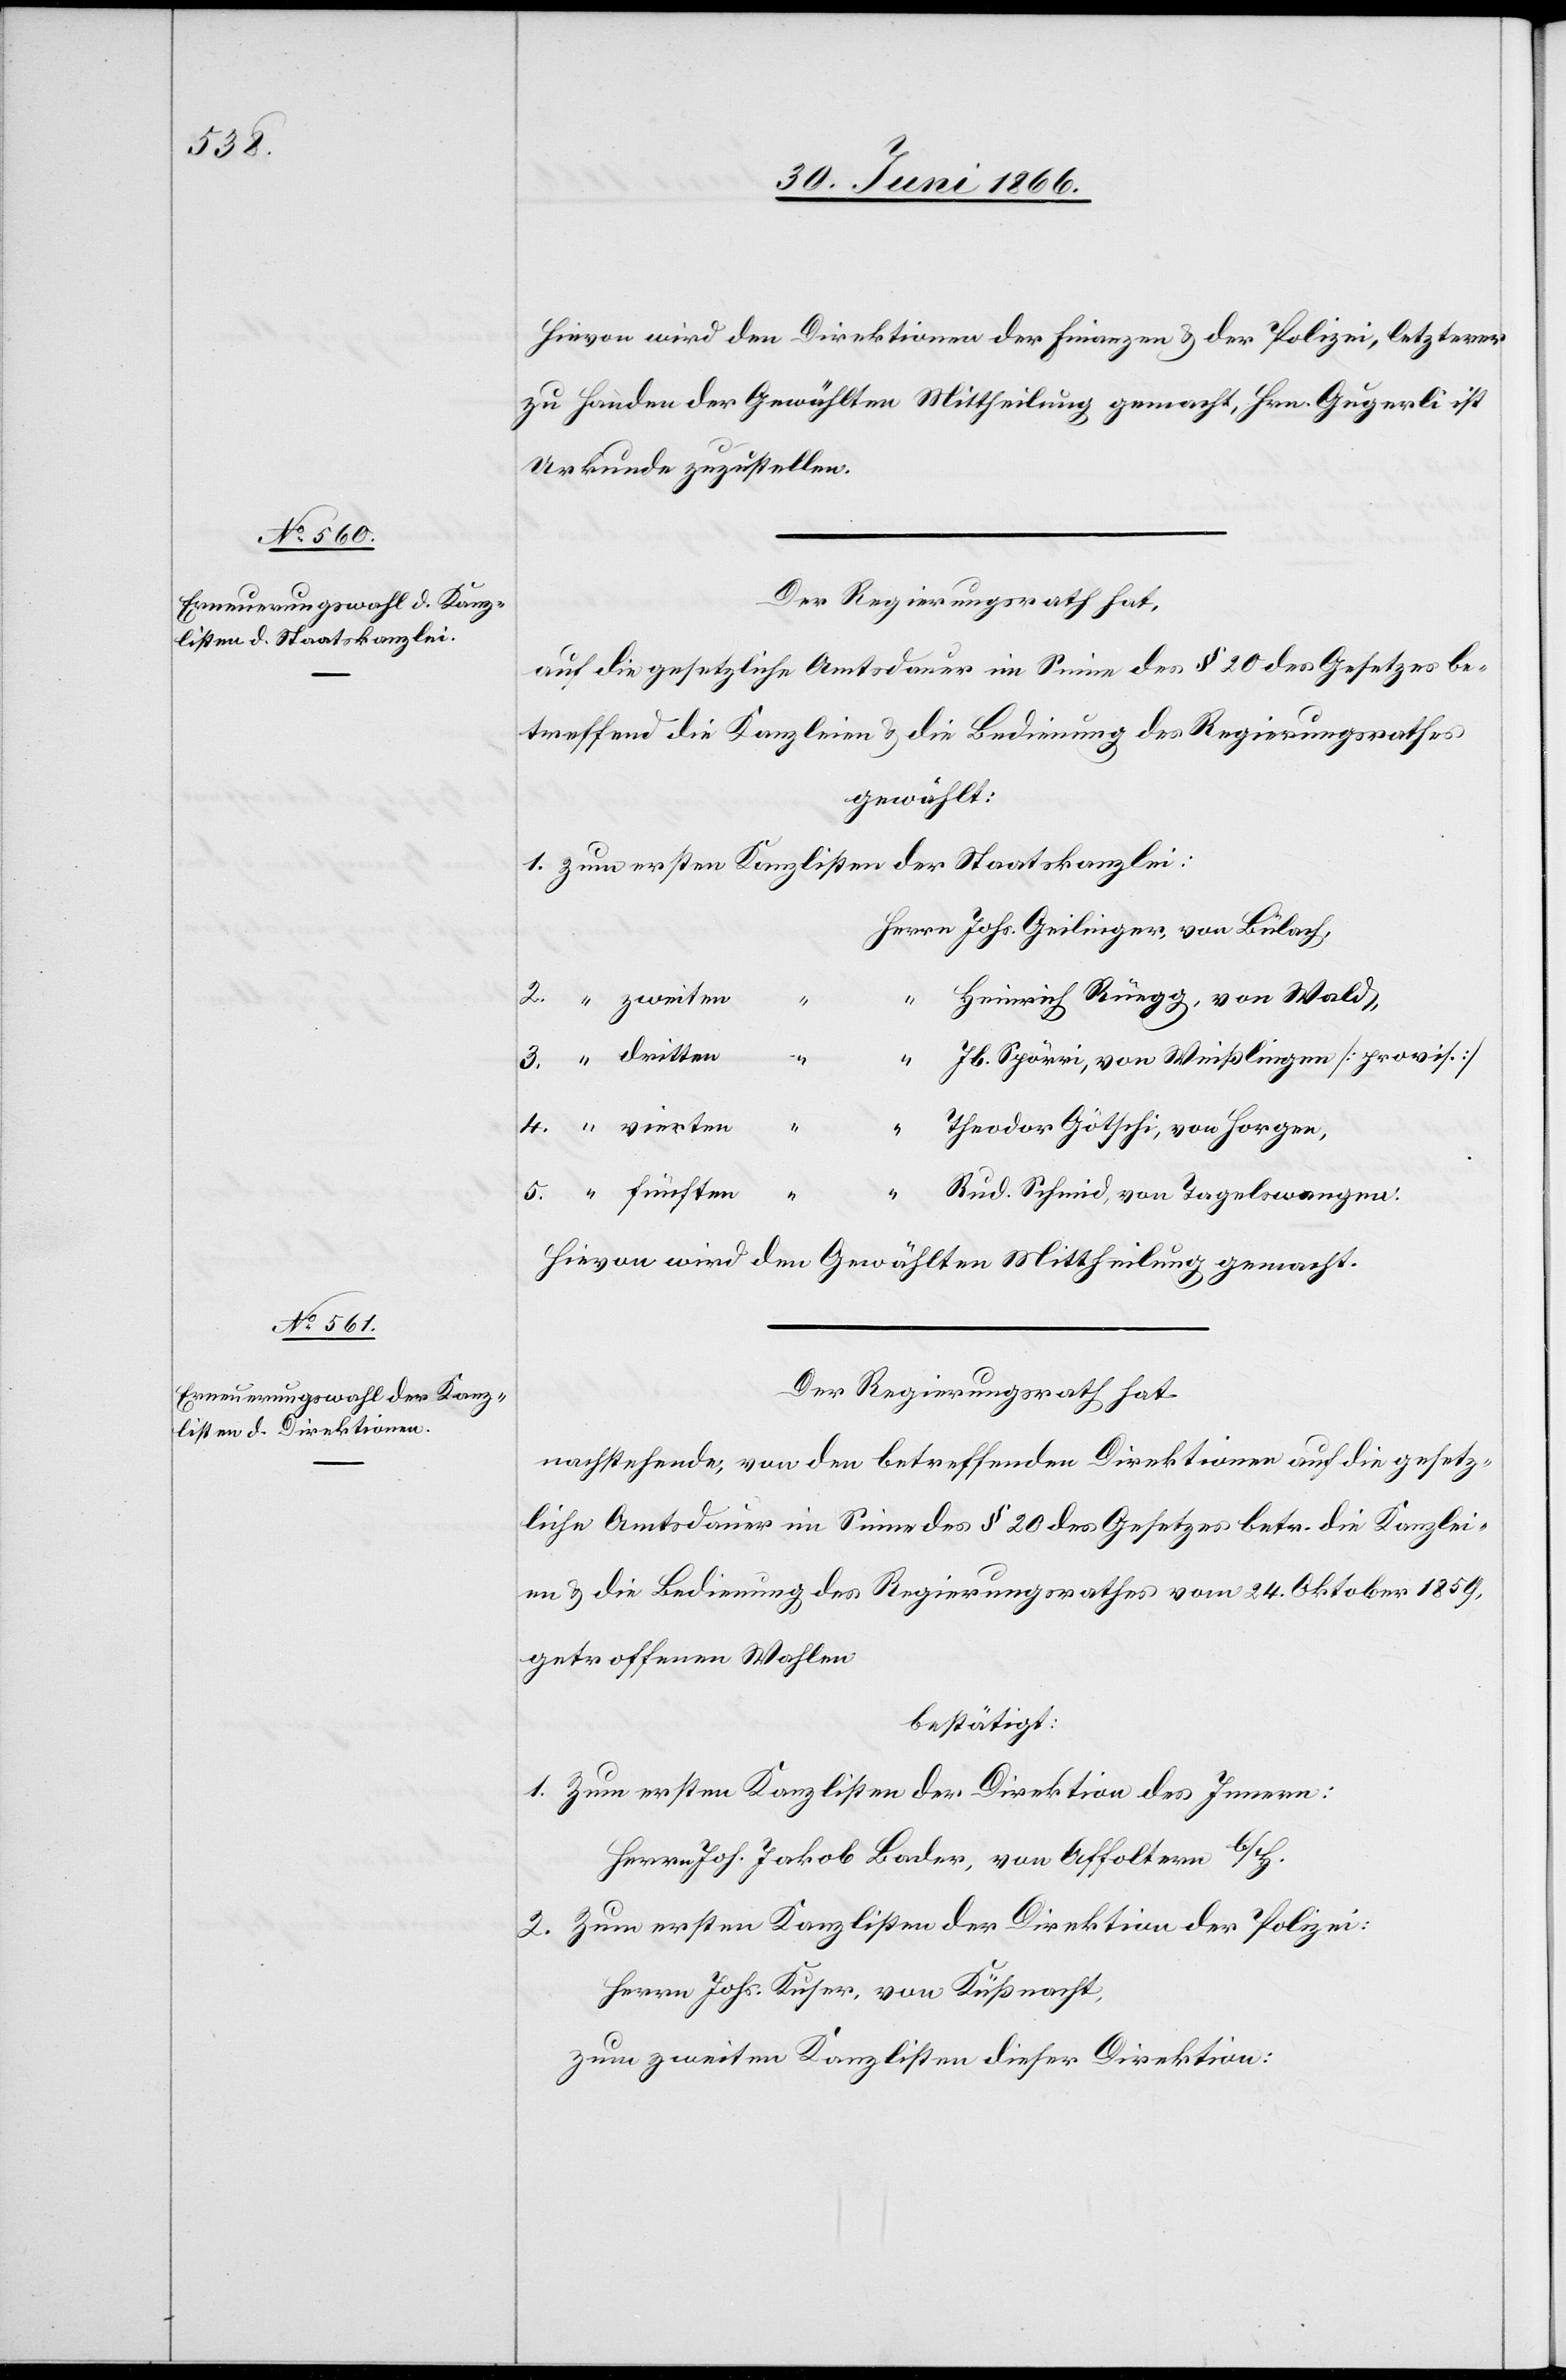
Hievon wird den Direktionen der Finanzen u. der Polizei, letzterer
zu Handen der Gewählten Mittheilung gemacht, Hrn. Gugerli ist
Urkunde zuzustellen.
Der Regierungsrath hat,
auf die gesetzliche Amtsdauer im Sinne des § 20 des Gesetzes be¬
treffend die Kanzleien u. die Bedienung des Regierungsrathes
gewählt:
Johs. Geilinger, von Bülach,
Heinrich Rüegg, von Wald,
5.
Jb. Spörri, von Weißlingen [provis.]
Theodor Götschi, von Horgen,
Rud. Schmid, von Tagelswangen.
Hievon wird den Gewählten Mittheilung gemacht.
Der Regierungsrath hat,
nachstehende, von den betreffenden Direktionen auf die gesetz¬
liche Amtsdauer im Sinne des § 20 des Gesetzes betr. die Kanzlei¬
en u. die Bedienung des Regierungsrathes vom 24. Oktober 1859,
getroffene Wahlen
bestätigt:
1. Zum ersten Kanzlisten der Direktion des Innern:
Herrn Joh. Jakob Bader, von Affoltern b/H.
2. Zum ersten Kanzlisten der Direktion der Polizei:
Herrn Johs. Kuser, von Küßnacht,
zum zweiten Kanzlisten dieser Direktion: